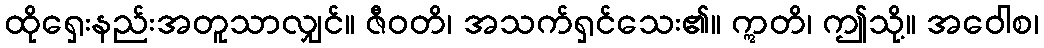
ထိုရှေးနည်းအတူသာလျှင်။ ဇီဝတိ၊ အသက်ရှင်သေး၏။ ဣတိ၊ ဤသို့။ အဝေါစ၊